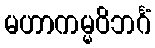
မဟာကမ္မဝိဘင်္ဂံ